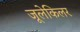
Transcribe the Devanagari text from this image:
जूलेकिलर